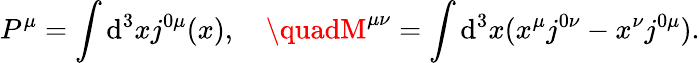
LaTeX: P^{\mu}=\int\mathrm{d}^{3}xj^{0\mu}(x),\quad\quadM^{\mu\nu}=\int\mathrm{d}^{3}x(x^{\mu}j^{0\nu}-x^{\nu}j^{0\mu}).